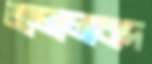
জালালাবাদ